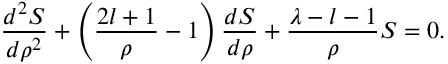
\frac { d ^ { 2 } S } { d \rho ^ { 2 } } + \left( \frac { 2 l + 1 } { \rho } - 1 \right) \frac { d S } { d \rho } + \frac { \lambda - l - 1 } { \rho } S = 0 .